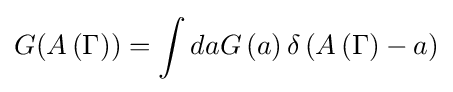
G(A\left(\Gamma \right))=\int daG\left(a\right)\delta \left(A\left(\Gamma \right)-a\right)